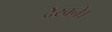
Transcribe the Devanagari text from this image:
देखने।